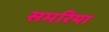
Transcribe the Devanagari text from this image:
समरिया